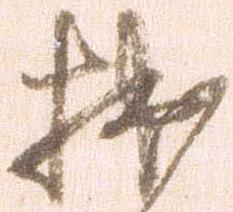
拙